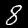
Label: 8